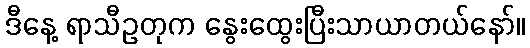
ဒီနေ့ ရာသီဥတုက နွေးထွေးပြီးသာယာတယ်နော်။